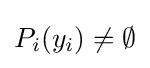
P_{i}(y_{i})\neq \emptyset